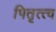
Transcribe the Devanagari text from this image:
पितृत्त्व